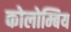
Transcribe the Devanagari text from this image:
कोलोम्बिय